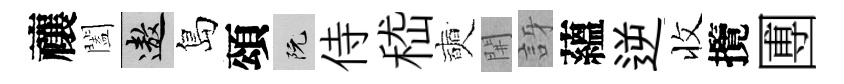
禳闔遨島頌阮侍嵇奭𨳩訝蘊逆收攬圑